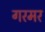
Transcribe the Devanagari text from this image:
गरमर